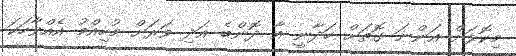
މިކޮޅަށް އަންނަ ގޮތަށް ހަދާނީ އާ ދޮންބެ އަދި ވަރަށް މުހިއްމު އެއްވާހަކަ